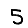
Digit: 5